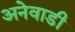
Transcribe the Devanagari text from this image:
अनेवाडी